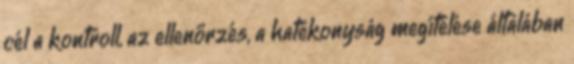
cél a kontroll, az ellenőrzés, a hatékonyság megítélése általában